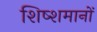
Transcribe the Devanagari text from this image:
शिष्शमानों